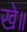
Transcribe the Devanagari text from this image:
खे॥